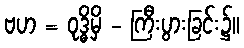
ဗဟ = ဝုဒ္ဓိမှိ - ကြီးပွားခြင်း၌။